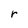
Character: r